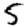
Digit: 5